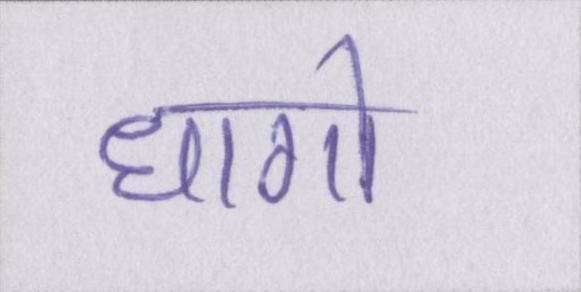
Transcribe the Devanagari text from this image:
धागो